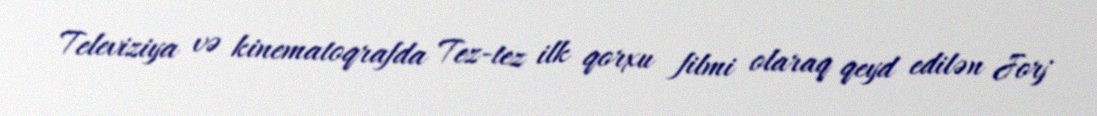
Televiziya və kinematoqrafda Tez-tez ilk qorxu filmi olaraq qeyd edilən Jorj